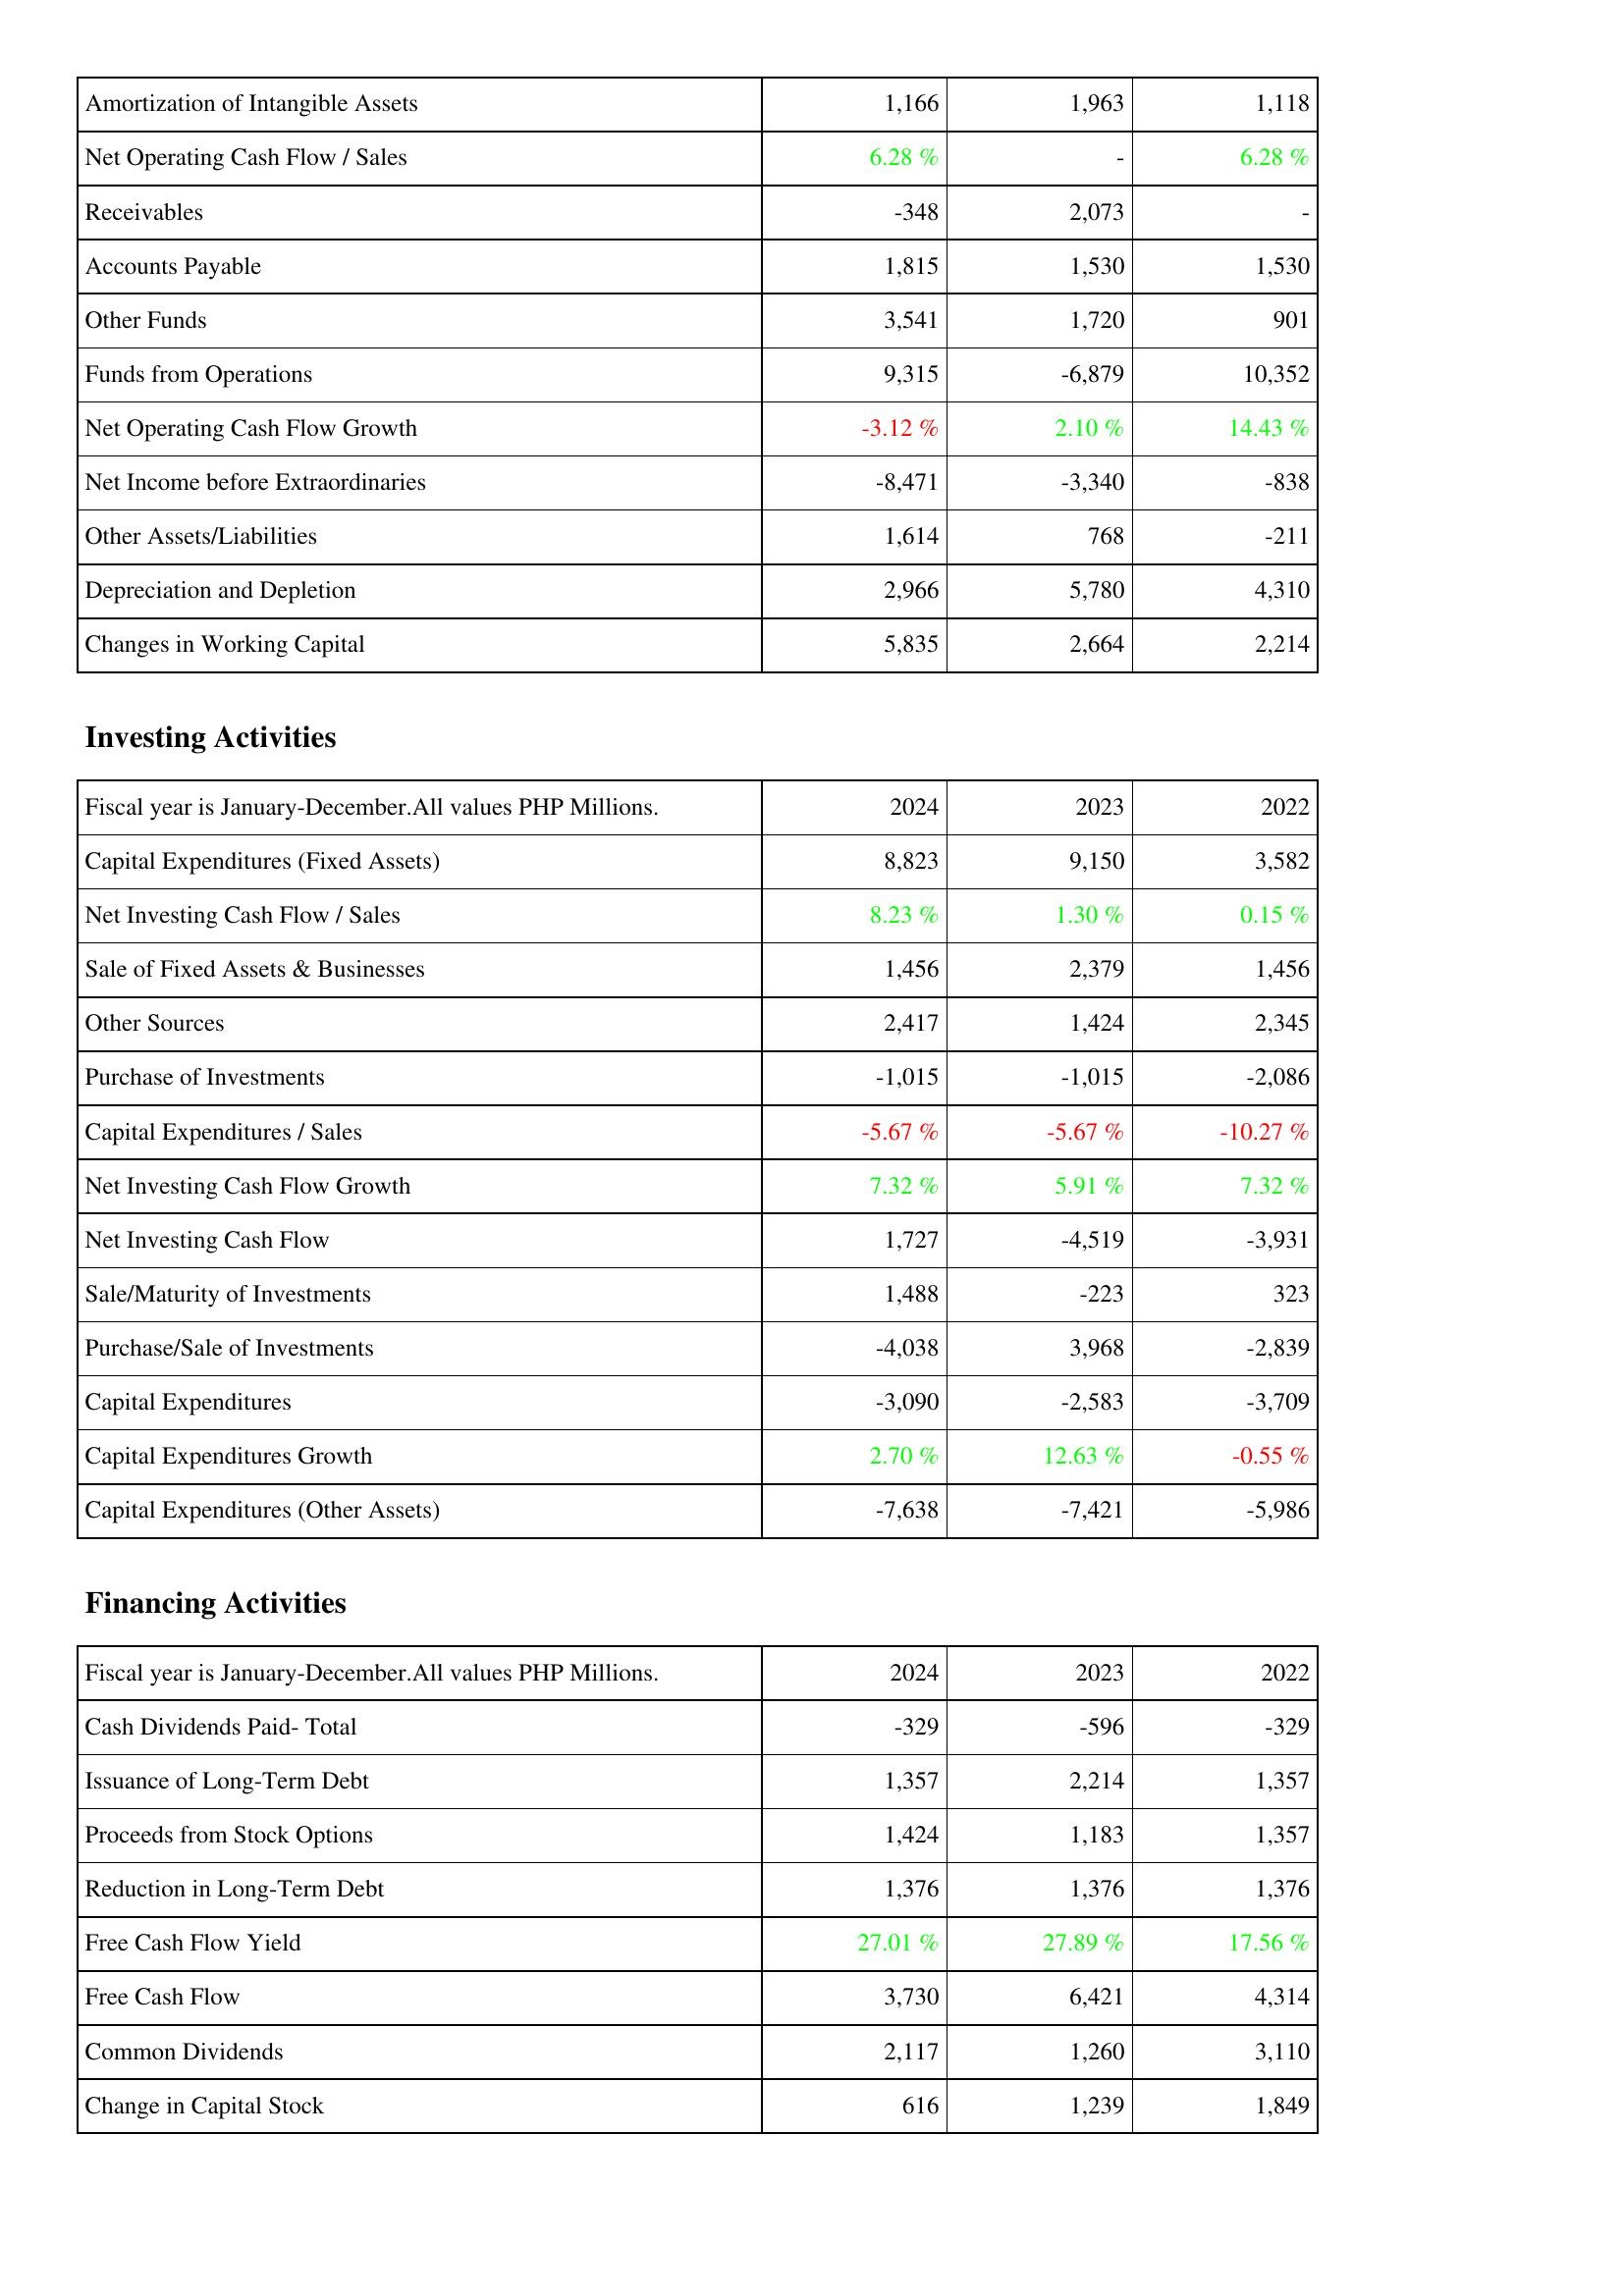
2024: Operating Activities: Amortization of Intangible Assets: 1,166
Net Operating Cash Flow / Sales: 6.28 %
Receivables: -348
Accounts Payable: 1,815
Other Funds: 3,541
Funds from Operations: 9,315
Net Operating Cash Flow Growth: -3.12 %
Net Income before Extraordinaries: -8,471
Other Assets/Liabilities: 1,614
Depreciation and Depletion: 2,966
Changes in Working Capital: 5,835
Investing Activities: Capital Expenditures (Fixed Assets): 8,823
Net Investing Cash Flow / Sales: 8.23 %
Sale of Fixed Assets & Businesses: 1,456
Other Sources: 2,417
Purchase of Investments: -1,015
Capital Expenditures / Sales: -5.67 %
Net Investing Cash Flow Growth: 7.32 %
Net Investing Cash Flow: 1,727
Sale/Maturity of Investments: 1,488
Purchase/Sale of Investments: -4,038
Capital Expenditures: -3,090
Capital Expenditures Growth: 2.70 %
Capital Expenditures (Other Assets): -7,638
Financing Activities: Cash Dividends Paid- Total: -329
Issuance of Long-Term Debt: 1,357
Proceeds from Stock Options: 1,424
Reduction in Long-Term Debt: 1,376
Free Cash Flow Yield: 27.01 %
Free Cash Flow: 3,730
Common Dividends: 2,117
Change in Capital Stock: 616
2023: Operating Activities: Amortization of Intangible Assets: 1,963
Net Operating Cash Flow / Sales: -
Receivables: 2,073
Accounts Payable: 1,530
Other Funds: 1,720
Funds from Operations: -6,879
Net Operating Cash Flow Growth: 2.10 %
Net Income before Extraordinaries: -3,340
Other Assets/Liabilities: 768
Depreciation and Depletion: 5,780
Changes in Working Capital: 2,664
Investing Activities: Capital Expenditures (Fixed Assets): 9,150
Net Investing Cash Flow / Sales: 1.30 %
Sale of Fixed Assets & Businesses: 2,379
Other Sources: 1,424
Purchase of Investments: -1,015
Capital Expenditures / Sales: -5.67 %
Net Investing Cash Flow Growth: 5.91 %
Net Investing Cash Flow: -4,519
Sale/Maturity of Investments: -223
Purchase/Sale of Investments: 3,968
Capital Expenditures: -2,583
Capital Expenditures Growth: 12.63 %
Capital Expenditures (Other Assets): -7,421
Financing Activities: Cash Dividends Paid- Total: -596
Issuance of Long-Term Debt: 2,214
Proceeds from Stock Options: 1,183
Reduction in Long-Term Debt: 1,376
Free Cash Flow Yield: 27.89 %
Free Cash Flow: 6,421
Common Dividends: 1,260
Change in Capital Stock: 1,239
2022: Operating Activities: Amortization of Intangible Assets: 1,118
Net Operating Cash Flow / Sales: 6.28 %
Receivables: -
Accounts Payable: 1,530
Other Funds: 901
Funds from Operations: 10,352
Net Operating Cash Flow Growth: 14.43 %
Net Income before Extraordinaries: -838
Other Assets/Liabilities: -211
Depreciation and Depletion: 4,310
Changes in Working Capital: 2,214
Investing Activities: Capital Expenditures (Fixed Assets): 3,582
Net Investing Cash Flow / Sales: 0.15 %
Sale of Fixed Assets & Businesses: 1,456
Other Sources: 2,345
Purchase of Investments: -2,086
Capital Expenditures / Sales: -10.27 %
Net Investing Cash Flow Growth: 7.32 %
Net Investing Cash Flow: -3,931
Sale/Maturity of Investments: 323
Purchase/Sale of Investments: -2,839
Capital Expenditures: -3,709
Capital Expenditures Growth: -0.55 %
Capital Expenditures (Other Assets): -5,986
Financing Activities: Cash Dividends Paid- Total: -329
Issuance of Long-Term Debt: 1,357
Proceeds from Stock Options: 1,357
Reduction in Long-Term Debt: 1,376
Free Cash Flow Yield: 17.56 %
Free Cash Flow: 4,314
Common Dividends: 3,110
Change in Capital Stock: 1,849